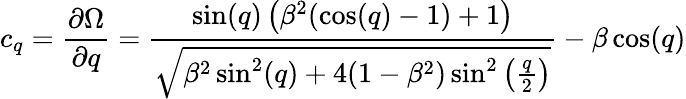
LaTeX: c_{q}=\frac{\partial\Omega}{\partial q}=\frac{\sin(q)\left(\beta^{2}(\cos(q)-1)+1\right)}{\sqrt{\beta^{2}\sin^{2}(q)+4(1-\beta^{2})\sin^{2}\left(\frac{q}{2}\right)}}-\beta\cos(q)